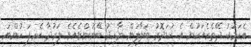
އެކަމަކު ދޭތެރެއަކުން އެ ކުޑަދޮރު ބަލާލަން ނާހިދު ބޭނުންވެއެވެ. ފަރުދާ ކެހިފަ ހުންނަ